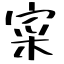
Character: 寀